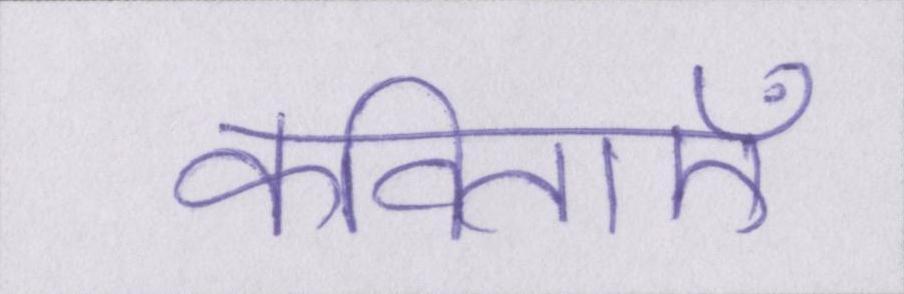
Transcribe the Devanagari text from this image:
कविताएँ